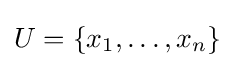
U=\{x_{1},\dots ,x_{n}\}